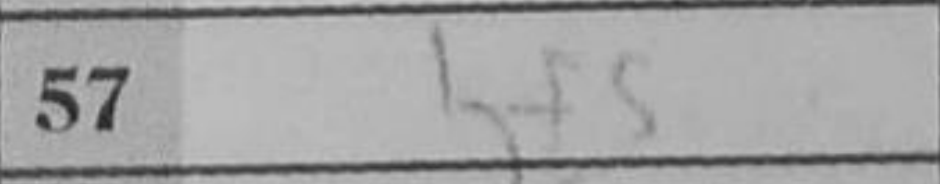
Transcription: Kf5